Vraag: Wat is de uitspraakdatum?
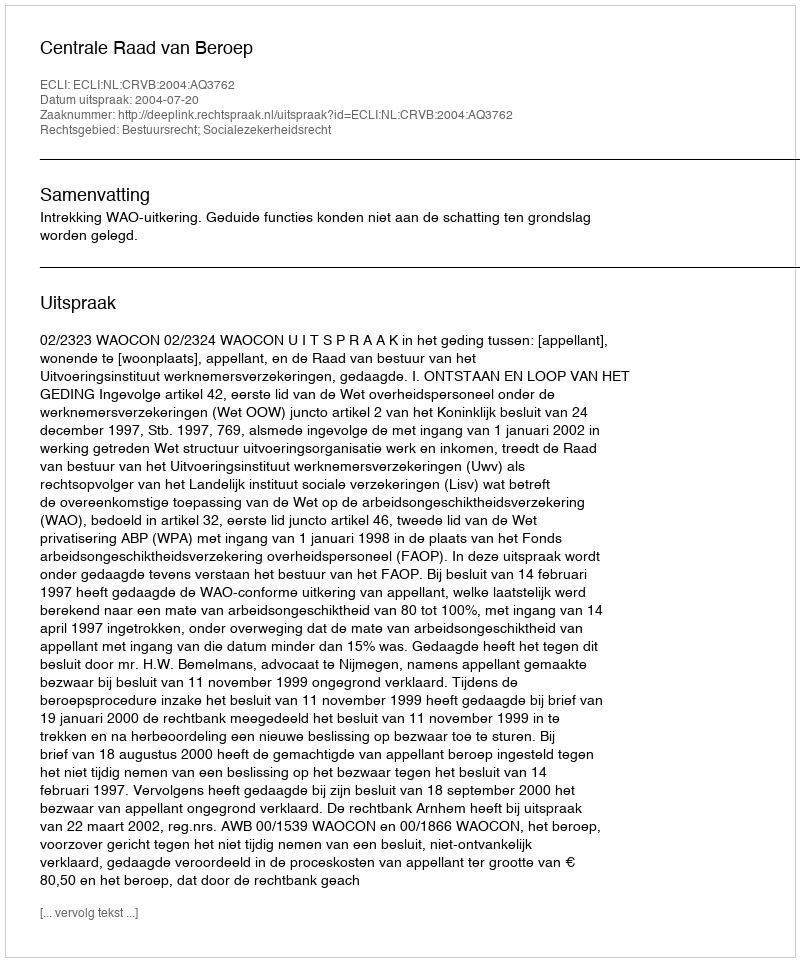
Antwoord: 2004-07-20